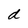
Character: d